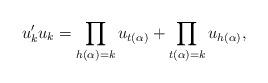
LaTeX: \begin{align*} u'_k u_k=\displaystyle\prod_{h(\alpha)=k}u_{t(\alpha)}+\displaystyle\prod_{t(\alpha)=k}u_{h(\alpha)},\end{align*}